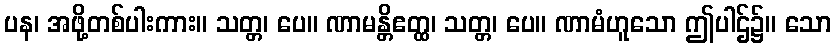
ပန၊ အဖို့တစ်ပါးကား။ သတ္တ၊ ပေ။ ဏာမန္တိဧတ္ထ၊ သတ္တ၊ ပေ။ ဏာမံဟူသော ဤပါဌ်၌။ သော